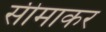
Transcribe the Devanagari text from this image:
सीमाकर